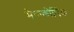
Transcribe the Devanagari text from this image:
मेककोर्मिक